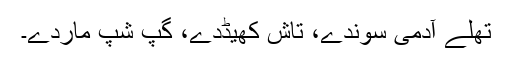
تھلے آدمی سوندے، تاش کھیڈدے، گپ شپ ماردے۔